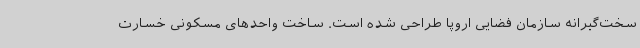
سخت‌گیرانه سازمان فضایی اروپا طراحی شده است. ساخت واحدهای مسکونی خسارت